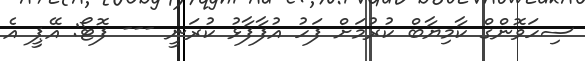
ސިހަވޮންގް ކާމިޔާބް ކުރުމަށް ފަހު އުފާފާޅު ކުރަނީ --- ފޮޓޯ: އޭޕީ އެ